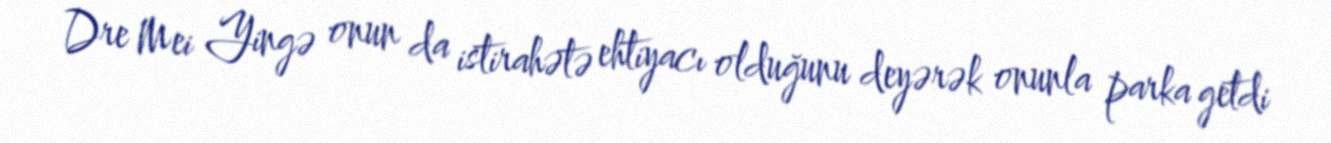
Dre Mei Yingə onun da istirahətə ehtiyacı olduğunu deyərək onunla parka getdi